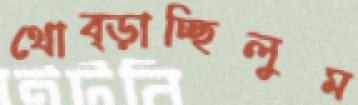
থোব্‌ড়াচ্ছিলুম